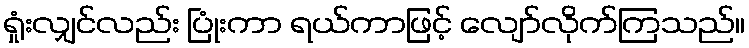
ရှုံးလျှင်လည်း ပြုံးကာ ရယ်ကာဖြင့် လျော်လိုက်ကြသည်။